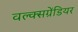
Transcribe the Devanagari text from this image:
वल्क्सग्रेंडियर